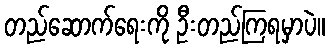
တည်ဆောက်ရေးကို ဦးတည်ကြရမှာပဲ။